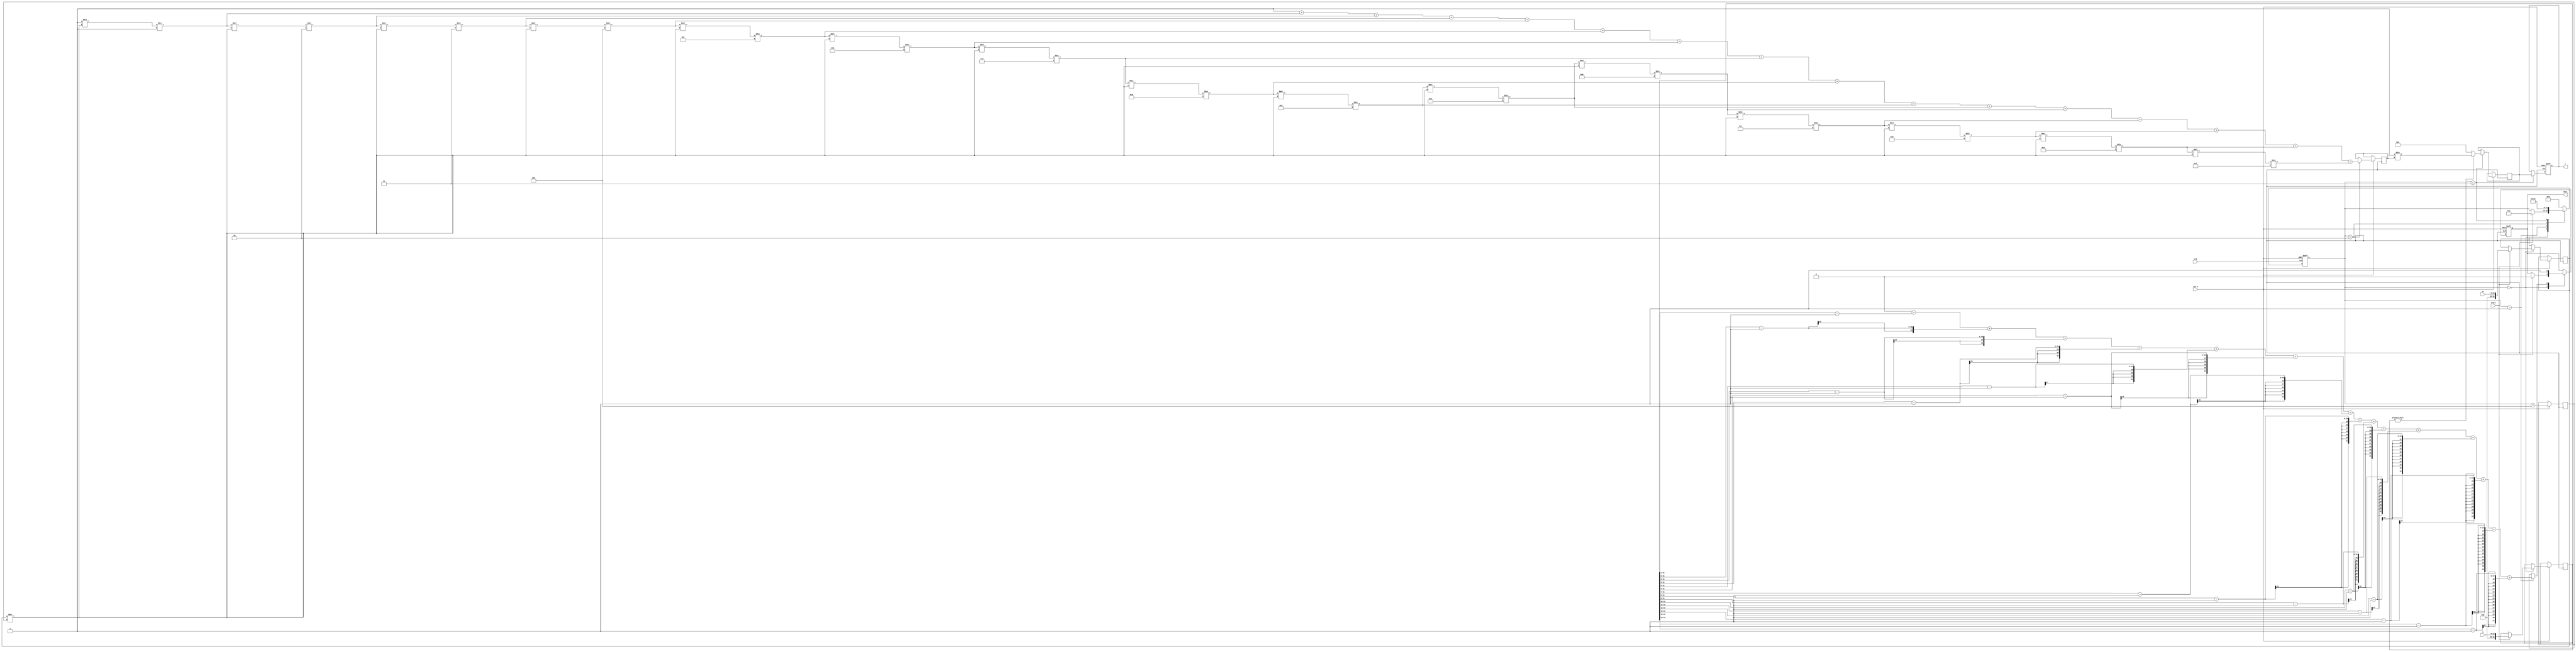
module fractional_order_reciprocal (
    input wire clk,               // Clock signal
    input wire rst_n,             // Active low reset
    input wire [15:0] X,          // Input variable (fixed-point representation)
    input wire [15:0] N,          // Fractional order (fixed-point representation)
    input wire start,             // Start signal for computation
    output reg [31:0] Y,          // Output (fixed-point representation)
    output reg done               // Done signal
);

    // Internal signals
    reg [31:0] X_reg;
    reg [31:0] N_reg;
    reg [31:0] exp_result;
    reg [3:0] state;
    reg [31:0] ln_X;
    reg [31:0] exp_N_ln_X;
    reg [31:0] reciprocal;

    // State encoding
    localparam IDLE = 4'b0000,
               COMPUTE_LN = 4'b0001,
               COMPUTE_EXP = 4'b0010,
               COMPUTE_RECIPROCAL = 4'b0011,
               DONE = 4'b0100;

    // Logarithm approximation (simple iterative method)
    function [31:0] log_approx;
        input [31:0] value;
        integer i;
        begin
            log_approx = 0;
            // Simple iterative approximation for ln(value)
            for (i = 1; i < 16; i = i + 1) begin
                log_approx = log_approx + ((value >> i) - 1);
            end
        end
    endfunction

    // Exponential approximation (simple iterative method)
    function [31:0] exp_approx;
        input [31:0] value;
        integer i;
        reg [31:0] term;
        begin
            exp_approx = 1; // e^0 = 1
            term = 1; // First term
            for (i = 1; i < 16; i = i + 1) begin
                term = (term * value) / i; // Calculate term
                exp_approx = exp_approx + term; // Add term to result
            end
        end
    endfunction

    // State machine for computation
    always @(posedge clk or negedge rst_n) begin
        if (!rst_n) begin
            state <= IDLE;
            Y <= 32'b0;
            done <= 1'b0;
        end else begin
            case (state)
                IDLE: begin
                    if (start) begin
                        X_reg <= {16'b0, X}; // Extend to 32 bits
                        N_reg <= {16'b0, N}; // Extend to 32 bits
                        state <= COMPUTE_LN;
                        done <= 1'b0;
                    end
                end

                COMPUTE_LN: begin
                    ln_X <= log_approx(X_reg);
                    state <= COMPUTE_EXP;
                end

                COMPUTE_EXP: begin
                    exp_N_ln_X <= exp_approx(N_reg * ln_X);
                    state <= COMPUTE_RECIPROCAL;
                end

                COMPUTE_RECIPROCAL: begin
                    if (X_reg != 0) begin
                        reciprocal <= 32'b1 / exp_N_ln_X; // Compute reciprocal
                    end else begin
                        reciprocal <= 32'b0; // Handle division by zero
                    end
                    Y <= reciprocal;
                    state <= DONE;
                end

                DONE: begin
                    done <= 1'b1;
                    state <= IDLE; // Go back to IDLE
                end

                default: state <= IDLE;
            endcase
        end
    end
endmodule